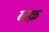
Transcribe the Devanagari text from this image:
बाक़